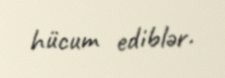
hücum ediblər.